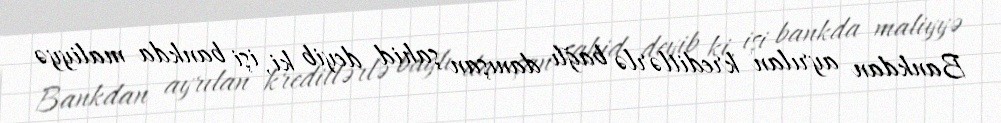
Bankdan ayrılan kreditlərlə bağlı danışan şahid deyib ki, işi bankda maliyyə